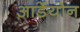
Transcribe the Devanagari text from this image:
आर्डेयोन